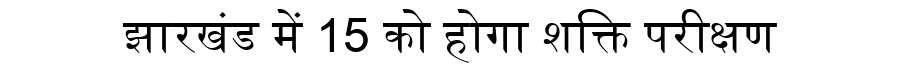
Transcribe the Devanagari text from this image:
झारखंड में 15 को होगा शक्ति परीक्षण